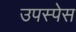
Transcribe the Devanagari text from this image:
उपस्पेस